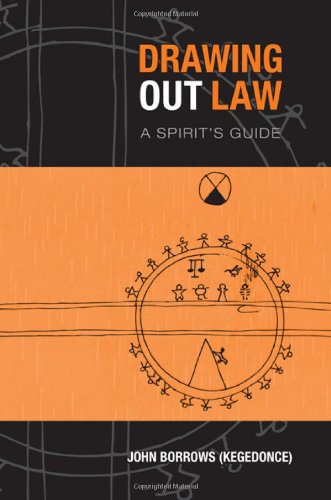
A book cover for Drawing Out Law: A Spirit's Guide; John Borrows; Law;